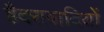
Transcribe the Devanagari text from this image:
हैदराबादियों